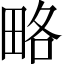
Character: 略